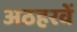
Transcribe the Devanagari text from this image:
अठहरवें